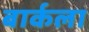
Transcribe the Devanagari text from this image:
बार्कला